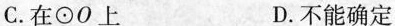
C. 在\odot O上 D. 不能确定